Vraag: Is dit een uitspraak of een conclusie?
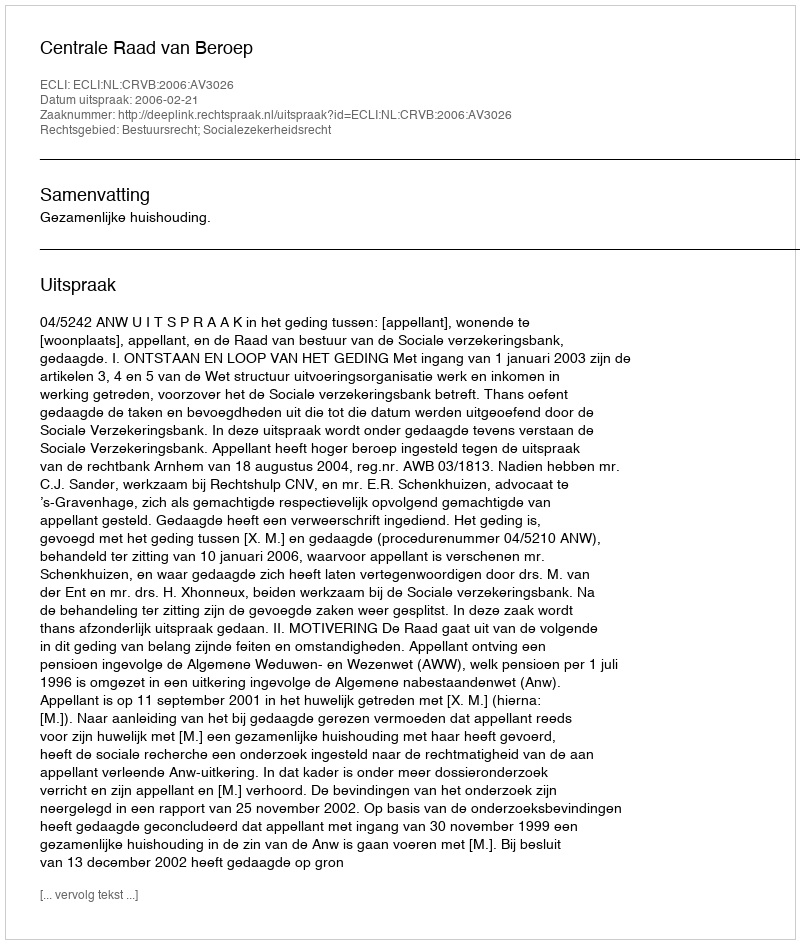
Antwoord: Uitspraak